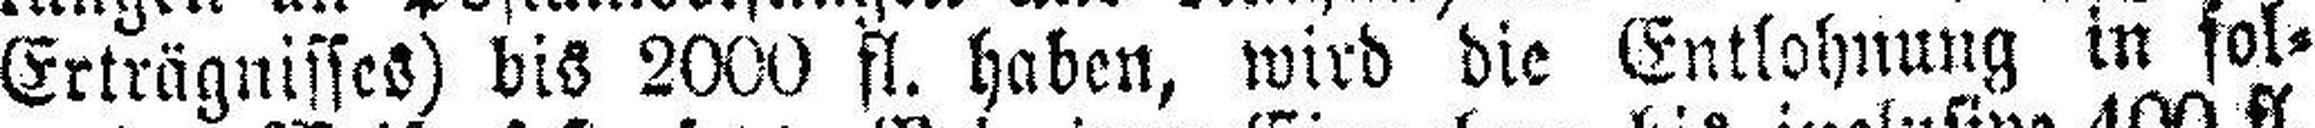
Erträgnisses) dis 2000 fl. haben, wird die Entlohnung in fol¬